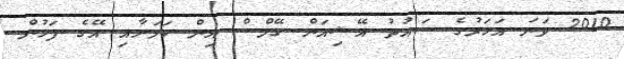
2010 ވަނަ އަހަރުގެ ސައުތު އޭޝިއަން ގޭމްސް އިން ކަމަށާއި އޭގެ ފަހުން